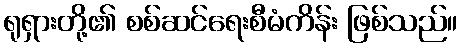
ရုရှားတို့၏ စစ်ဆင်ရေးစီမံကိန်း ဖြစ်သည်။